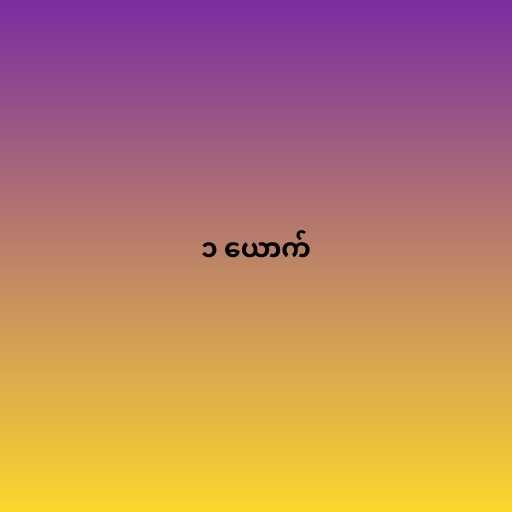
၁ ယောက်